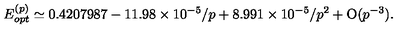
E _ { o p t } ^ { ( p ) } \simeq 0 . 4 2 0 7 9 8 7 - 1 1 . 9 8 \times 1 0 ^ { - 5 } / p + 8 . 9 9 1 \times 1 0 ^ { - 5 } / p ^ { 2 } + \mathrm { O } ( p ^ { - 3 } ) .